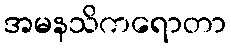
အမနသိကရောတာ